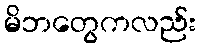
မိဘတွေကလည်း